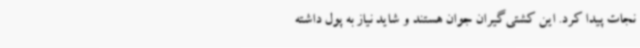
نجات پیدا کرد. این کشتی‌گیران جوان هستند و شاید نیاز به پول داشته